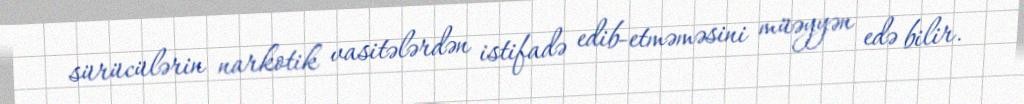
sürücülərin narkotik vasitələrdən istifadə edib-etməməsini müəyyən edə bilir.